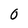
Character: O